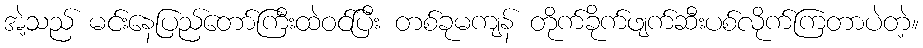
အဲ့သည် မင်းနေပြည်တော်ကြီးထဲဝင်ပြီး တစ်ခုမကျန် တိုက်ခိုက်ဖျက်ဆီးပစ်လိုက်ကြတာပဲတဲ့။